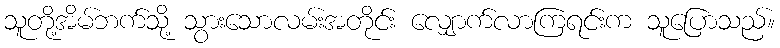
သူတို့အိမ်ဘက်သို့ သွားသောလမ်းအတိုင်း လျှောက်လာကြရင်းက သူပြောသည်။